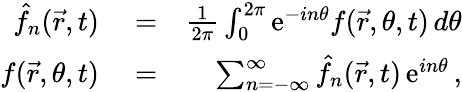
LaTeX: \begin{array}{rlr}{\hat{f}_{n}(\vec{r},t)}&{{}=}&{{\frac{1}{2\pi}}\int_{0}^{2\pi}\mathrm{e}^{-in\theta}f(\vec{r},\theta,t)\, d\theta}\\ {f(\vec{r},\theta,t)}&{{}=}&{\sum_{n=-\infty}^{\infty}\hat{f}_{n}(\vec{r},t)\, \mathrm{e}^{in\theta}\, ,}\end{array}